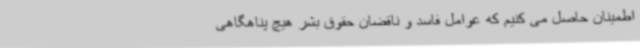
اطمینان حاصل می کنیم که عوامل فاسد و ناقضان حقوق بشر هیچ پناهگاهی